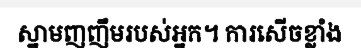
ស្នាមញញឹមរបស់អ្នក។ ការសើចខ្លាំង